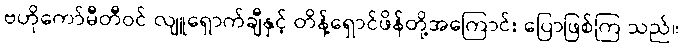
ဗဟိုကော်မီတီဝင် လျူရှောက်ချီနှင့် တိန့်ရှောင်ဖိန်တို့အကြောင်း ပြောဖြစ်ကြ သည်။